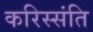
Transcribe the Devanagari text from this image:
करिस्संति